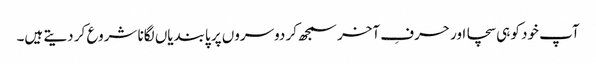
آپ خود کو ہی سچا اور حرفِ آخر سمجھ کر دوسروں پر پابندیاں لگانا شروع کر دیتے ہیں۔